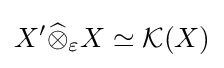
X'{\widehat {\otimes }}_{\varepsilon }X\simeq {\mathcal {K}}(X)